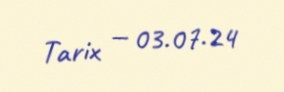
Tarix — 03.07.24